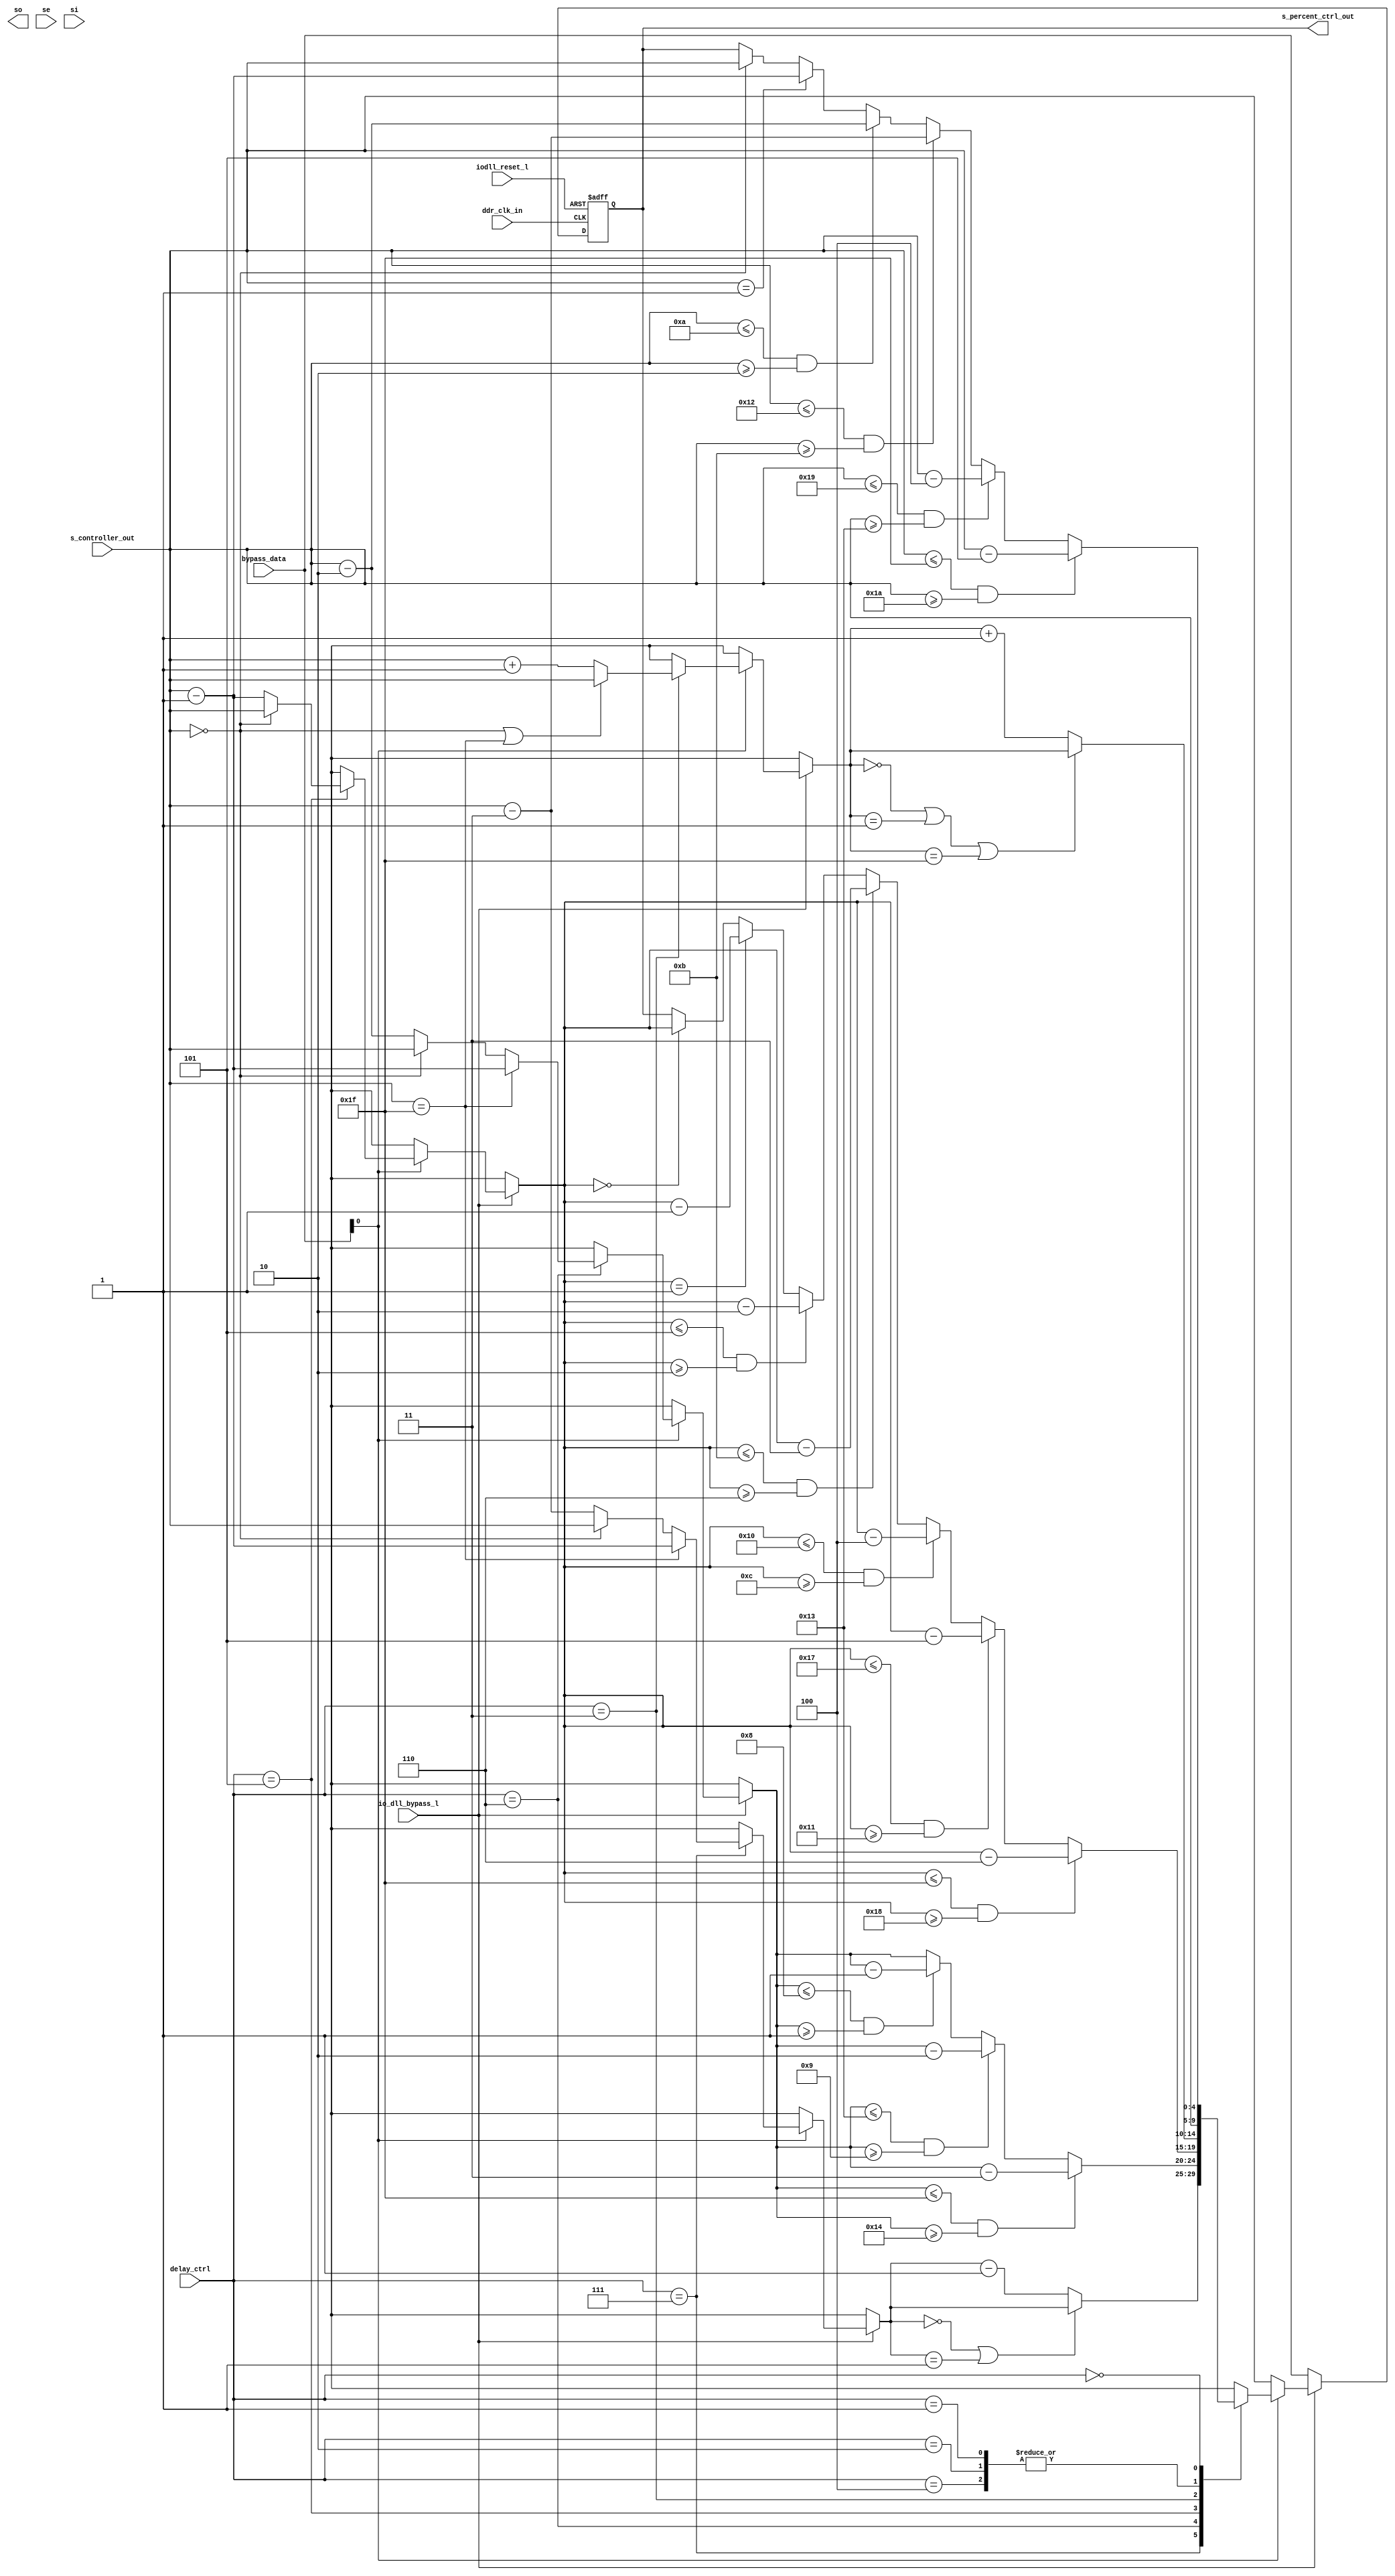
// ========== Copyright Header Begin ==========================================
// 
// OpenSPARC T1 Processor File: bw_iodll_code_adjust.v
// Copyright (c) 2006 Sun Microsystems, Inc.  All Rights Reserved.
// DO NOT ALTER OR REMOVE COPYRIGHT NOTICES.
// 
// The above named program is free software; you can redistribute it and/or
// modify it under the terms of the GNU General Public
// License version 2 as published by the Free Software Foundation.
// 
// The above named program is distributed in the hope that it will be 
// useful, but WITHOUT ANY WARRANTY; without even the implied warranty of
// MERCHANTABILITY or FITNESS FOR A PARTICULAR PURPOSE.  See the GNU
// General Public License for more details.
// 
// You should have received a copy of the GNU General Public
// License along with this work; if not, write to the Free Software
// Foundation, Inc., 51 Franklin St, Fifth Floor, Boston, MA 02110-1301, USA.
// 
// ========== Copyright Header End ============================================
//
//    Unit Name:  bw_iodll_code_adjust (Adjusts loop controller code by a certain percent)
//    Block Name:  DLL
//    Files that must be included:  none
//
// ***********************************************************************************************************


module bw_iodll_code_adjust (/*AUTOARG*/
        // Outputs
         s_percent_ctrl_out, so,
        // Inputs
        bypass_data, ddr_clk_in, delay_ctrl, io_dll_bypass_l, iodll_reset_l, s_controller_out, se, si
        );

	input [4:0]	bypass_data;
        input           ddr_clk_in;
        input [2:0]     delay_ctrl;
        input		io_dll_bypass_l;
        input           iodll_reset_l;
        input [4:0]     s_controller_out;
        input           se;
        input           si;

        output [4:0]    s_percent_ctrl_out;
        output          so;

        reg    [4:0]    s_percent_ctrl_out;
        reg    [4:0]    s_interim_out;		


always @(posedge ddr_clk_in or negedge iodll_reset_l)
begin

	if(~iodll_reset_l) 
        begin
		// Initialize all registers & variables.
 		s_percent_ctrl_out = 5'b00000;
                s_interim_out = 5'b00000;
        end
	else
	if(~io_dll_bypass_l)

		s_percent_ctrl_out = bypass_data;

	else
        begin
		if(bypass_data[0] == 1'b1)
		begin
			// Manipulate SLAVE DELAY LINE s_controller_out depending on delay_ctrl bits which are programmable.
                	case(delay_ctrl)  
                                        3'b111 : begin  // This is for 24% delay point.

							// First recover orig slave_ctrl_code and call it s_interim_out
							// Note s_controller_out will never be less than 3 as we have added +3 bits
							// in the loop controller, except in an underflow condition.
							// However, Only exception is during reset. Just after reset, loop controller
							// which operates at ddr_clk_by8 is still holding all 0s, but will not add 
							// + 3 bits utill next ddr_clk_by8 edge. However this block operates at 
							// ddr_clk_in edge and will see the all zeros. Better handle this condition.
                                                        if (s_controller_out == 5'b11111) // This also handles potential overflow condition.
                                                                s_interim_out = s_controller_out - 5'b00001;
                                                        else 
							if (s_controller_out == 5'b00000) // Handling the loop contoller reset condition.
											  // This also handles potential underflow condition.
								s_interim_out = s_controller_out;
							else
                                                                s_interim_out = s_controller_out - 5'b00011;
							// End Recovery part							

							// Subtract 1 if s_interim is between 31 and 2 else do not subtract anything
							
							if ( s_interim_out == 5'b00000 || s_interim_out == 5'b00001 )	
 								s_percent_ctrl_out = s_interim_out;
							else
								s_percent_ctrl_out = s_interim_out - 5'b00001;
                                                 end

					3'b110 : begin // This is for 23% delay point.
							
							// First recover orig slave_ctrl_code and call it s_interim_out
							// Note s_controller_out will never be less than 2 as we have added +2 bits
                                                        // in the loop controller, except in an underflow condition.
                                                        // However, Only exception is during reset. Just after reset, loop controller
                                                        // which operates at ddr_clk_by8 is still holding all 0s, but will not add
                                                        // + 2 bits utill next ddr_clk_by8 edge. However this block operates at
                                                        // ddr_clk_in edge and will see the all zeros. Better handle this condition.

							if (s_controller_out == 5'b11111) // This also handles potential overflow condition.
                                                                s_interim_out = s_controller_out - 5'b00001;
							else
                                                        if (s_controller_out == 5'b00000) // Handling the loop contoller reset condition.
                                                                                          // This also handles potential underflow condition.
                                                                s_interim_out = s_controller_out;
                                                        else    
								s_interim_out = s_controller_out - 5'b00010;
							// End Recovery part
        
                                                        //  if s_interim is between 31 and 20, then subtract 3
							//  else if s_interim is between 19 and 9, then subtract 2
							//  else if s_interim is between 8 and 1, then subtract 1
							//  else if s_interim = 0, do not subtract anything.
							
							if ( s_interim_out <= 5'b11111 && s_interim_out >= 5'b10100 )
								s_percent_ctrl_out = s_interim_out - 5'b00011;
							else
							if( s_interim_out <= 5'b10011 && s_interim_out >= 5'b01001)
								s_percent_ctrl_out = s_interim_out - 5'b00010;
							else
							if( s_interim_out <= 5'b01000 && s_interim_out >= 5'b00001 )
								s_percent_ctrl_out = s_interim_out - 5'b00001;
							else
								s_percent_ctrl_out = s_interim_out;
						 end

        				3'b101 : begin // This is 21% delay point.

                                                        // First recover orig slave_ctrl_code and call it s_interim_out
                                                        // Note s_controller_out will never be less than 1 as we have added +1 bits
                                                        // in the loop controller, except in an underflow condition.
                                                        // However, Only exception is during reset. Just after reset, loop controller
                                                        // which operates at ddr_clk_by8 is still holding all 0s, but will not add 
                                                        // + 2 bits utill next ddr_clk_by8 edge. However this block operates at 
                                                        // ddr_clk_in edge and will see the all zeros. Better handle this condition. 
                                                        
                                                        if (s_controller_out == 5'b00000) // Handling the loop contoller reset condition.
											  // This also handles potential underflow condition.
                                                                s_interim_out = s_controller_out;
                                                        else
								s_interim_out = s_controller_out - 5'b00001;

							// End Recovery part

                                                        //  if s_interim is between 31 and 24, then subtract 6
                                                        //  else if s_interim is between 23 and 17, then subtract 5
                                                        //  else if s_interim is between 16 and 12, then subtract 4
                                                        //  else if s_interim is between 11 and 6, then subtract 3
                                                        //  else if s_interim is between 5 and 2, then subtract 2
							//  else if s_interim = 1, then subtract 1
                                                        //  else if s_interim = 0, do not subtract anything.

							if ( s_interim_out <= 5'b11111 && s_interim_out >= 5'b11000 )
                                                                s_percent_ctrl_out = s_interim_out - 5'b00110;
                                                        else
                                                        if ( s_interim_out <= 5'b10111 && s_interim_out >= 5'b10001 )
                                                                s_percent_ctrl_out = s_interim_out - 5'b00101;
                                                        else
                                                        if ( s_interim_out <= 5'b10000 && s_interim_out >= 5'b01100 )
                                                                s_percent_ctrl_out = s_interim_out - 5'b00100;
                                                        else
                                                        if ( s_interim_out <= 5'b01011 && s_interim_out >= 5'b00110 )
                                                                s_percent_ctrl_out = s_interim_out - 5'b00011;
                                                        else
                                                        if ( s_interim_out <= 5'b00101 && s_interim_out >= 5'b00010 ) 
                                                                s_percent_ctrl_out = s_interim_out - 5'b00010;
                                                        else
							if ( s_interim_out == 5'b00001 )
								s_percent_ctrl_out = s_interim_out - 5'b00001;
							else
                                                        if ( s_interim_out == 5'b00000 )
                                                                s_percent_ctrl_out = s_interim_out;
                                                 end

					3'b100 : begin // This is 25% delay point.
							// Just pass s_controller_out straight thru !!
							
							s_interim_out = s_controller_out;							

							s_percent_ctrl_out = s_interim_out; 
                                        
                                                 end
					
					3'b011 : begin // This is 26% delay point.
						       // First recover orig slave_ctrl_code and call it s_interim_out
						       // Note we don't have to worry about s_controller_out being 31, (except overflow condition.)
						       // as this will never happen as loop controller always subtracts 1 bit delay.				
                                                        if(s_controller_out == 5'b00000 || s_controller_out == 5'b11111) 
							// Note: Reset case is automatically handled here and so is overflow case.     
                                                                s_interim_out = s_controller_out;
                                                        else
                                                                s_interim_out = s_controller_out + 5'b00001;
                                                        // End Recovery part
            
	                                                //  if s_interim is either 0 or 1 or 31, then add 0
                                                        //  for all other cases add 1
                                                        if ( s_interim_out == 5'b00000 || s_interim_out == 5'b00001 || s_interim_out == 5'b11111 )
                                                                s_percent_ctrl_out = s_interim_out;
							else
								s_percent_ctrl_out = s_interim_out + 5'b00001;

						 end

					3'b010 : begin // We don't do any processing here for this case.
				                       // Just pass s_controller_out straight thru 
                                                       // Note: Reset case is automatically handled here.   

                                                        s_interim_out = s_controller_out;                                                 
                                                        
                                                        s_percent_ctrl_out = s_interim_out;

                                                 end

                                        3'b001 : begin // We don't do any processing here for this case.
                                                       // Just pass s_controller_out straight thru  
						       // Note: Reset case is automatically handled here.   

                                                        s_interim_out = s_controller_out;                                                  
                                                        
                                                        s_percent_ctrl_out = s_interim_out;
                                                        
                                                 end    

					3'b000 : begin // This is 22% delay point 
                                                        // First recover orig slave_ctrl_code and call it s_interim_out
                                                        // No additions or subractions necessary to recover.
                                                        
                                                                s_interim_out = s_controller_out;

                                                        // End Recovery part
                                                        
                                                        //  if s_interim is between 31 and 26, then subtract 5
                                                        //  else if s_interim is between 25 and 19, then subtract 4
                                                        //  else if s_interim is between 18 and 11, then subtract 3
                                                        //  else if s_interim is between 10 and 2, then subtract 2
                                                        //  else if s_interim = 1, then subtract 1
                                                        //  else if s_interim = 0, do not subtract anything.
                                                        
                                                        if ( s_interim_out <= 5'b11111 && s_interim_out >= 5'b11010 )
                                                                s_percent_ctrl_out = s_interim_out - 5'b00101;
                                                        else
                                                        if ( s_interim_out <= 5'b11001 && s_interim_out >= 5'b10011 )
                                                                s_percent_ctrl_out = s_interim_out - 5'b00100;
                                                        else
                                                        if ( s_interim_out <= 5'b10010 && s_interim_out >= 5'b01011 )
                                                                s_percent_ctrl_out = s_interim_out - 5'b00011;
                                                        else
                                                        if ( s_interim_out <= 5'b01010 && s_interim_out >= 5'b00010 )
                                                                s_percent_ctrl_out = s_interim_out - 5'b00010;
                                                        else
                                                        if ( s_interim_out == 5'b00001 )
                                                                s_percent_ctrl_out = s_interim_out - 5'b00001;
                                                        else
                                                        if ( s_interim_out == 5'b00000 )   
                                                                s_percent_ctrl_out = s_interim_out;
						
						 end				
			endcase			
	
		end
        	else
        	if(bypass_data[0] == 1'b0)
			// Bypassing new block!!
			s_percent_ctrl_out = s_controller_out;

	end


end

endmodule